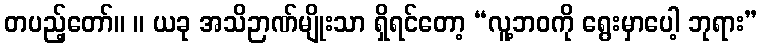
တပည့်တော်။ ။ ယခု အသိဉာဏ်မျိုးသာ ရှိရင်တော့ “လူ့ဘဝကို ရွေးမှာပေါ့ ဘုရား”